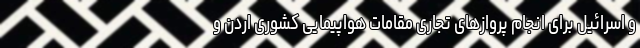
و اسرائیل برای انجام پروازهای تجاری مقامات هواپیمایی کشوری اردن و